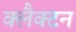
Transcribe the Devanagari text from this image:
क्लैक्टन